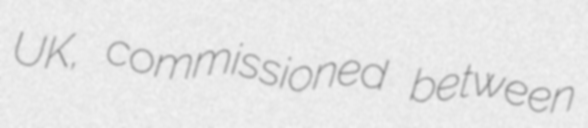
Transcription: UK, commissioned between